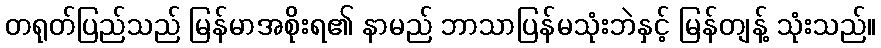
တရုတ်ပြည်သည် မြန်မာအစိုးရ၏ နာမည် ဘာသာပြန်မသုံးဘဲနှင့် မြန်တျန့် သုံးသည်။